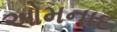
ઓમનાદ